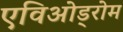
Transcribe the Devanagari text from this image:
एविओड्रोम